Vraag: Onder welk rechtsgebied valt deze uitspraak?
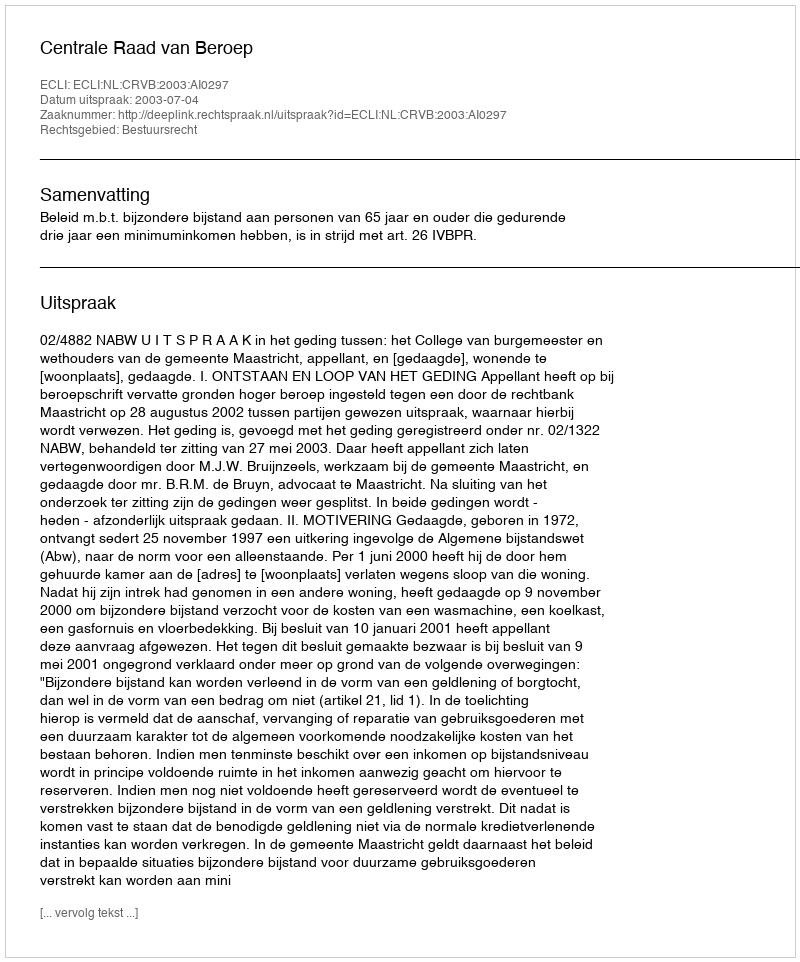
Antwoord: Bestuursrecht